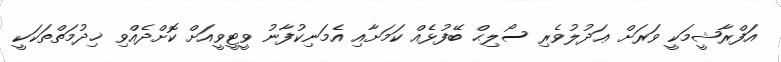
އަފްރާޝީމަކީ ވަރަށް ޢަދުލުވެރި ސޯލިޙް ބޭފުޅެއް ކަމަށާއި އެމަނިކުފާނު ވީޓީވީއަށް ކޮށްދެއްވި ޚިދުމަތްތަކަކީ